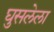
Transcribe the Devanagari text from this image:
घुसलेला